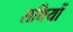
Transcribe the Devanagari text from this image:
सथियों